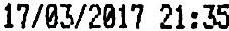
17/03/2017 21:35